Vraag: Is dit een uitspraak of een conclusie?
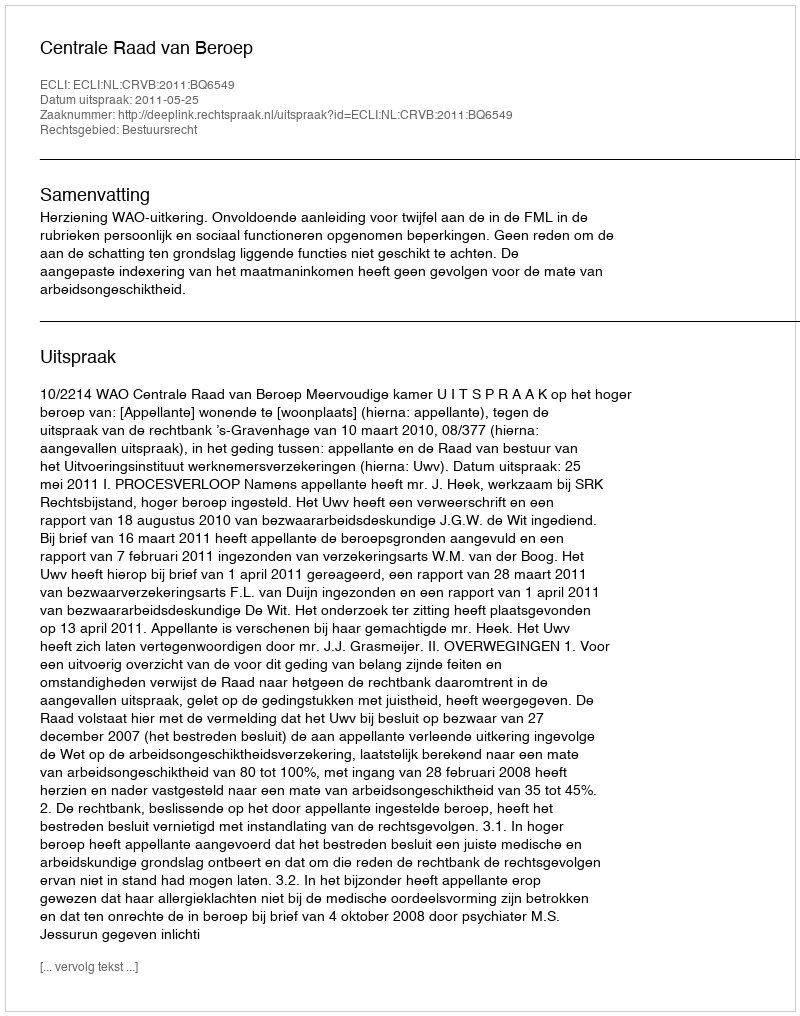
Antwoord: Uitspraak